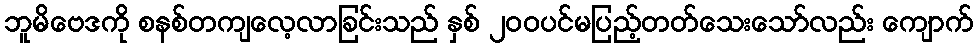
ဘူမိဗေဒကို စနစ်တကျလေ့လာခြင်းသည် နှစ် ၂၀၀ပင်မပြည့်တတ်သေးသော်လည်း ကျောက်